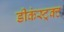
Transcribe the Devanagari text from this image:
डीकंस्ट्रक्ट